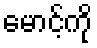
မောင့်ကို